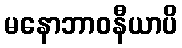
မနောဘာဝနီယာပိ